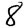
Digit: 8